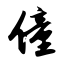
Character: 僮